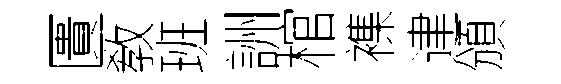
匱敎班詶棺襍䢖頒